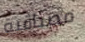
مصداقية